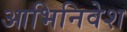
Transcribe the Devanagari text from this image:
आभिनिवेश